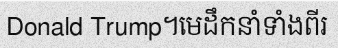
Donald Trump។មេដឹកនាំទាំងពីរ